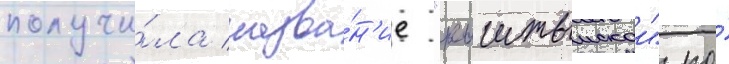
получи́ла назва́н'ие "кыштымскои" по́